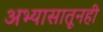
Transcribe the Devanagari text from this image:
अभ्यासातूनही